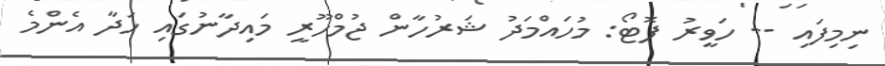
ނިމިފައި -- ހަވީރު ފޮޓޯ: މުހައްމަދު ޝަރުހާން ޖުމްހޫރީ މައިދާނުގައި ހަދާ އެންމެ